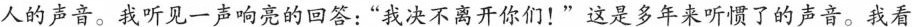
人的声音。我听见一声响亮的回答:“我决不离开你们!”这是多年来听惯了的声音。我看